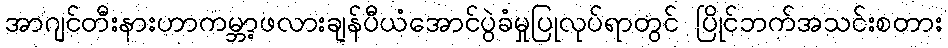
အာဂျင်တီးနားဟာကမ္ဘာ့ဖလားချန်ပီယံအောင်ပွဲခံမှုပြုလုပ်ရာတွင် ပြိုင်ဘက်အသင်းစတား